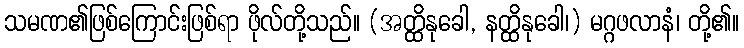
သမဏ၏ဖြစ်ကြောင်းဖြစ်ရာ ဖိုလ်တို့သည်။ (အတ္ထိနုခေါ, နတ္ထိနုခေါ၊) မဂ္ဂဖလာနံ၊ တို့၏။